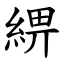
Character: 綥